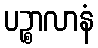
ပဉ္စာလာနံ